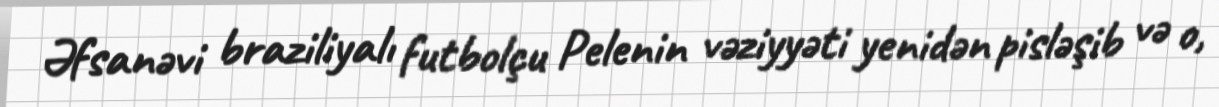
Əfsanəvi braziliyalı futbolçu Pelenin vəziyyəti yenidən pisləşib və o,